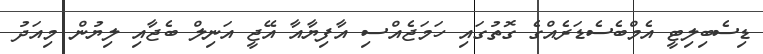
ޑިސެބިލިޓީ އެމްބެސެޑަރެއްގެ ގޮތުގައި ހަމަޖެއްސި އާފިޔާއާ އޭޖީ އަނިލް ބެޖާއި ލިޔުން މިއަދު